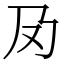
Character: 夃